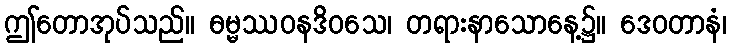
ဤတောအုပ်သည်။ ဓမ္မဿဝနဒိဝသေ၊ တရားနာသောနေ့၌။ ဒေဝတာနံ၊